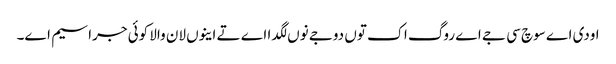
اودی اے سوچ سی جے اے روگ اک توں دوجے نوں لگدا اے تے اینوں لان والا کوئی جراسیم اے۔